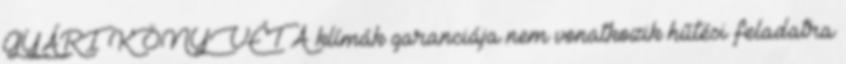
GYÁRI KÖNYVÉT A klímák garanciája nem vonatkozik hűtési feladatra